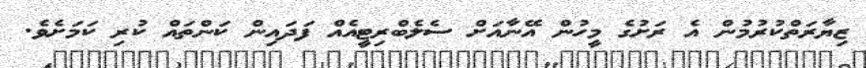
ޒިޔާރަތްކުރުމުން އެ ރަށުގެ މީހުން އޭނާއަށް ސެލެބްރިޓީއެއް ފަދައިން ކަންތައް ކުރި ކަމަށެވެ.